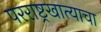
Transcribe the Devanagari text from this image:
परराष्ट्रखात्याचा